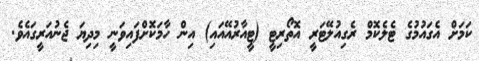
ކަމަށް އެގައުމުގެ ޓެލެކޮމް ރެގިއުލޭޓަރީ އޮތޯރިޓީ (ޓީއާރުއޭއައި) އިން ހާމަކޮށްފައިވަނީ މިދިޔަ ޖެނުއަރީގައެވެ.